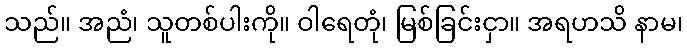
သည်။ အညံ၊ သူတစ်ပါးကို။ ဝါရေတုံ၊ မြစ်ခြင်းငှာ။ အရဟသိ နာမ၊